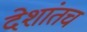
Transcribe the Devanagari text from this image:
देशांतच